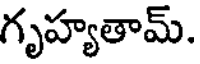
గృహ్యతామ్.